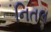
નિતલ